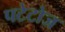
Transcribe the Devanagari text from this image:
पटेटोज